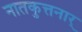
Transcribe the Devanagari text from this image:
नातकुत्तनार्